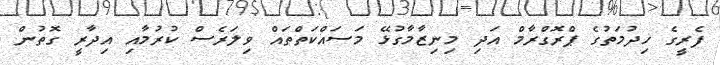
ފެރީގެ ޚިދުމަތުގެ ޕްރޮގްރާމް އަދި މިނިޒާމާގުޅޭ މަސައްކަތްތައް ވިލަރެސް ކުރުމާއި އިދާރީ ގޮތުން